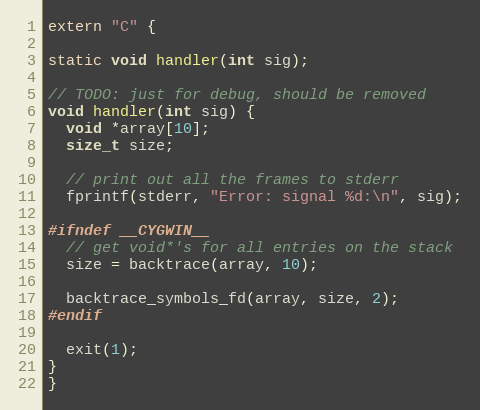
Language: C++
extern "C" {

static void handler(int sig);

// TODO: just for debug, should be removed
void handler(int sig) {
  void *array[10];
  size_t size;

  // print out all the frames to stderr
  fprintf(stderr, "Error: signal %d:\n", sig);

#ifndef __CYGWIN__
  // get void*'s for all entries on the stack
  size = backtrace(array, 10);

  backtrace_symbols_fd(array, size, 2);
#endif

  exit(1);
}
}